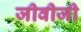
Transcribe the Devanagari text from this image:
जीवीजी